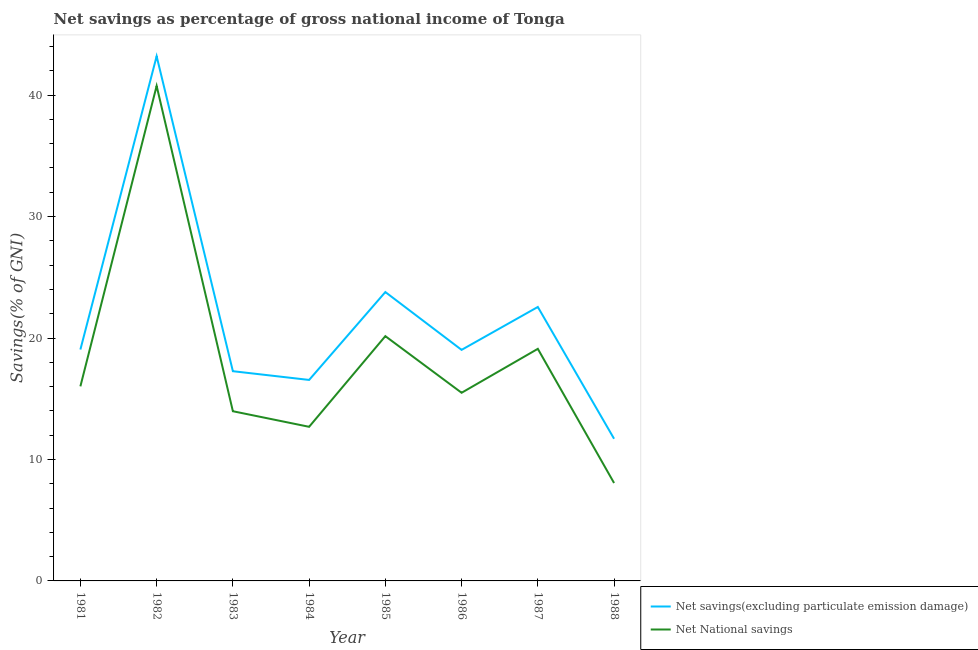
| Year | Net savings(excluding particulate emission damage) | Net National savings |
 | --- | --- | --- |
 | 1981 | 19.1 | 16 |
 | 1982 | 43.2 | 40.8 |
 | 1983 | 17.3 | 14 |
 | 1984 | 16.5 | 12.7 |
 | 1985 | 23.8 | 20.2 |
 | 1986 | 19 | 15.5 |
 | 1987 | 22.6 | 19.1 |
 | 1988 | 11.7 | 8.06 |